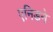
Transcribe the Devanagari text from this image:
एनिडने